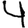
Digit: 4